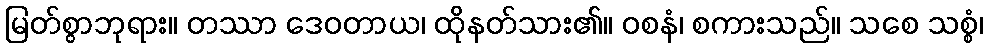
မြတ်စွာဘုရား။ တဿာ ဒေဝတာယ၊ ထိုနတ်သား၏။ ဝစနံ၊ စကားသည်။ သစေ သစ္စံ၊